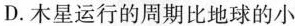
D.木星运行的周期比地球的小